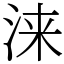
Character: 涞